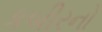
કબીરનો